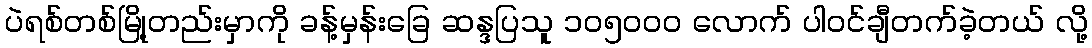
ပဲရစ်တစ်မြို့တည်းမှာကို ခန့်မှန်းခြေ ဆန္ဒပြသူ ၁၀၅၀၀၀ လောက် ပါဝင်ချီတက်ခဲ့တယ် လို့